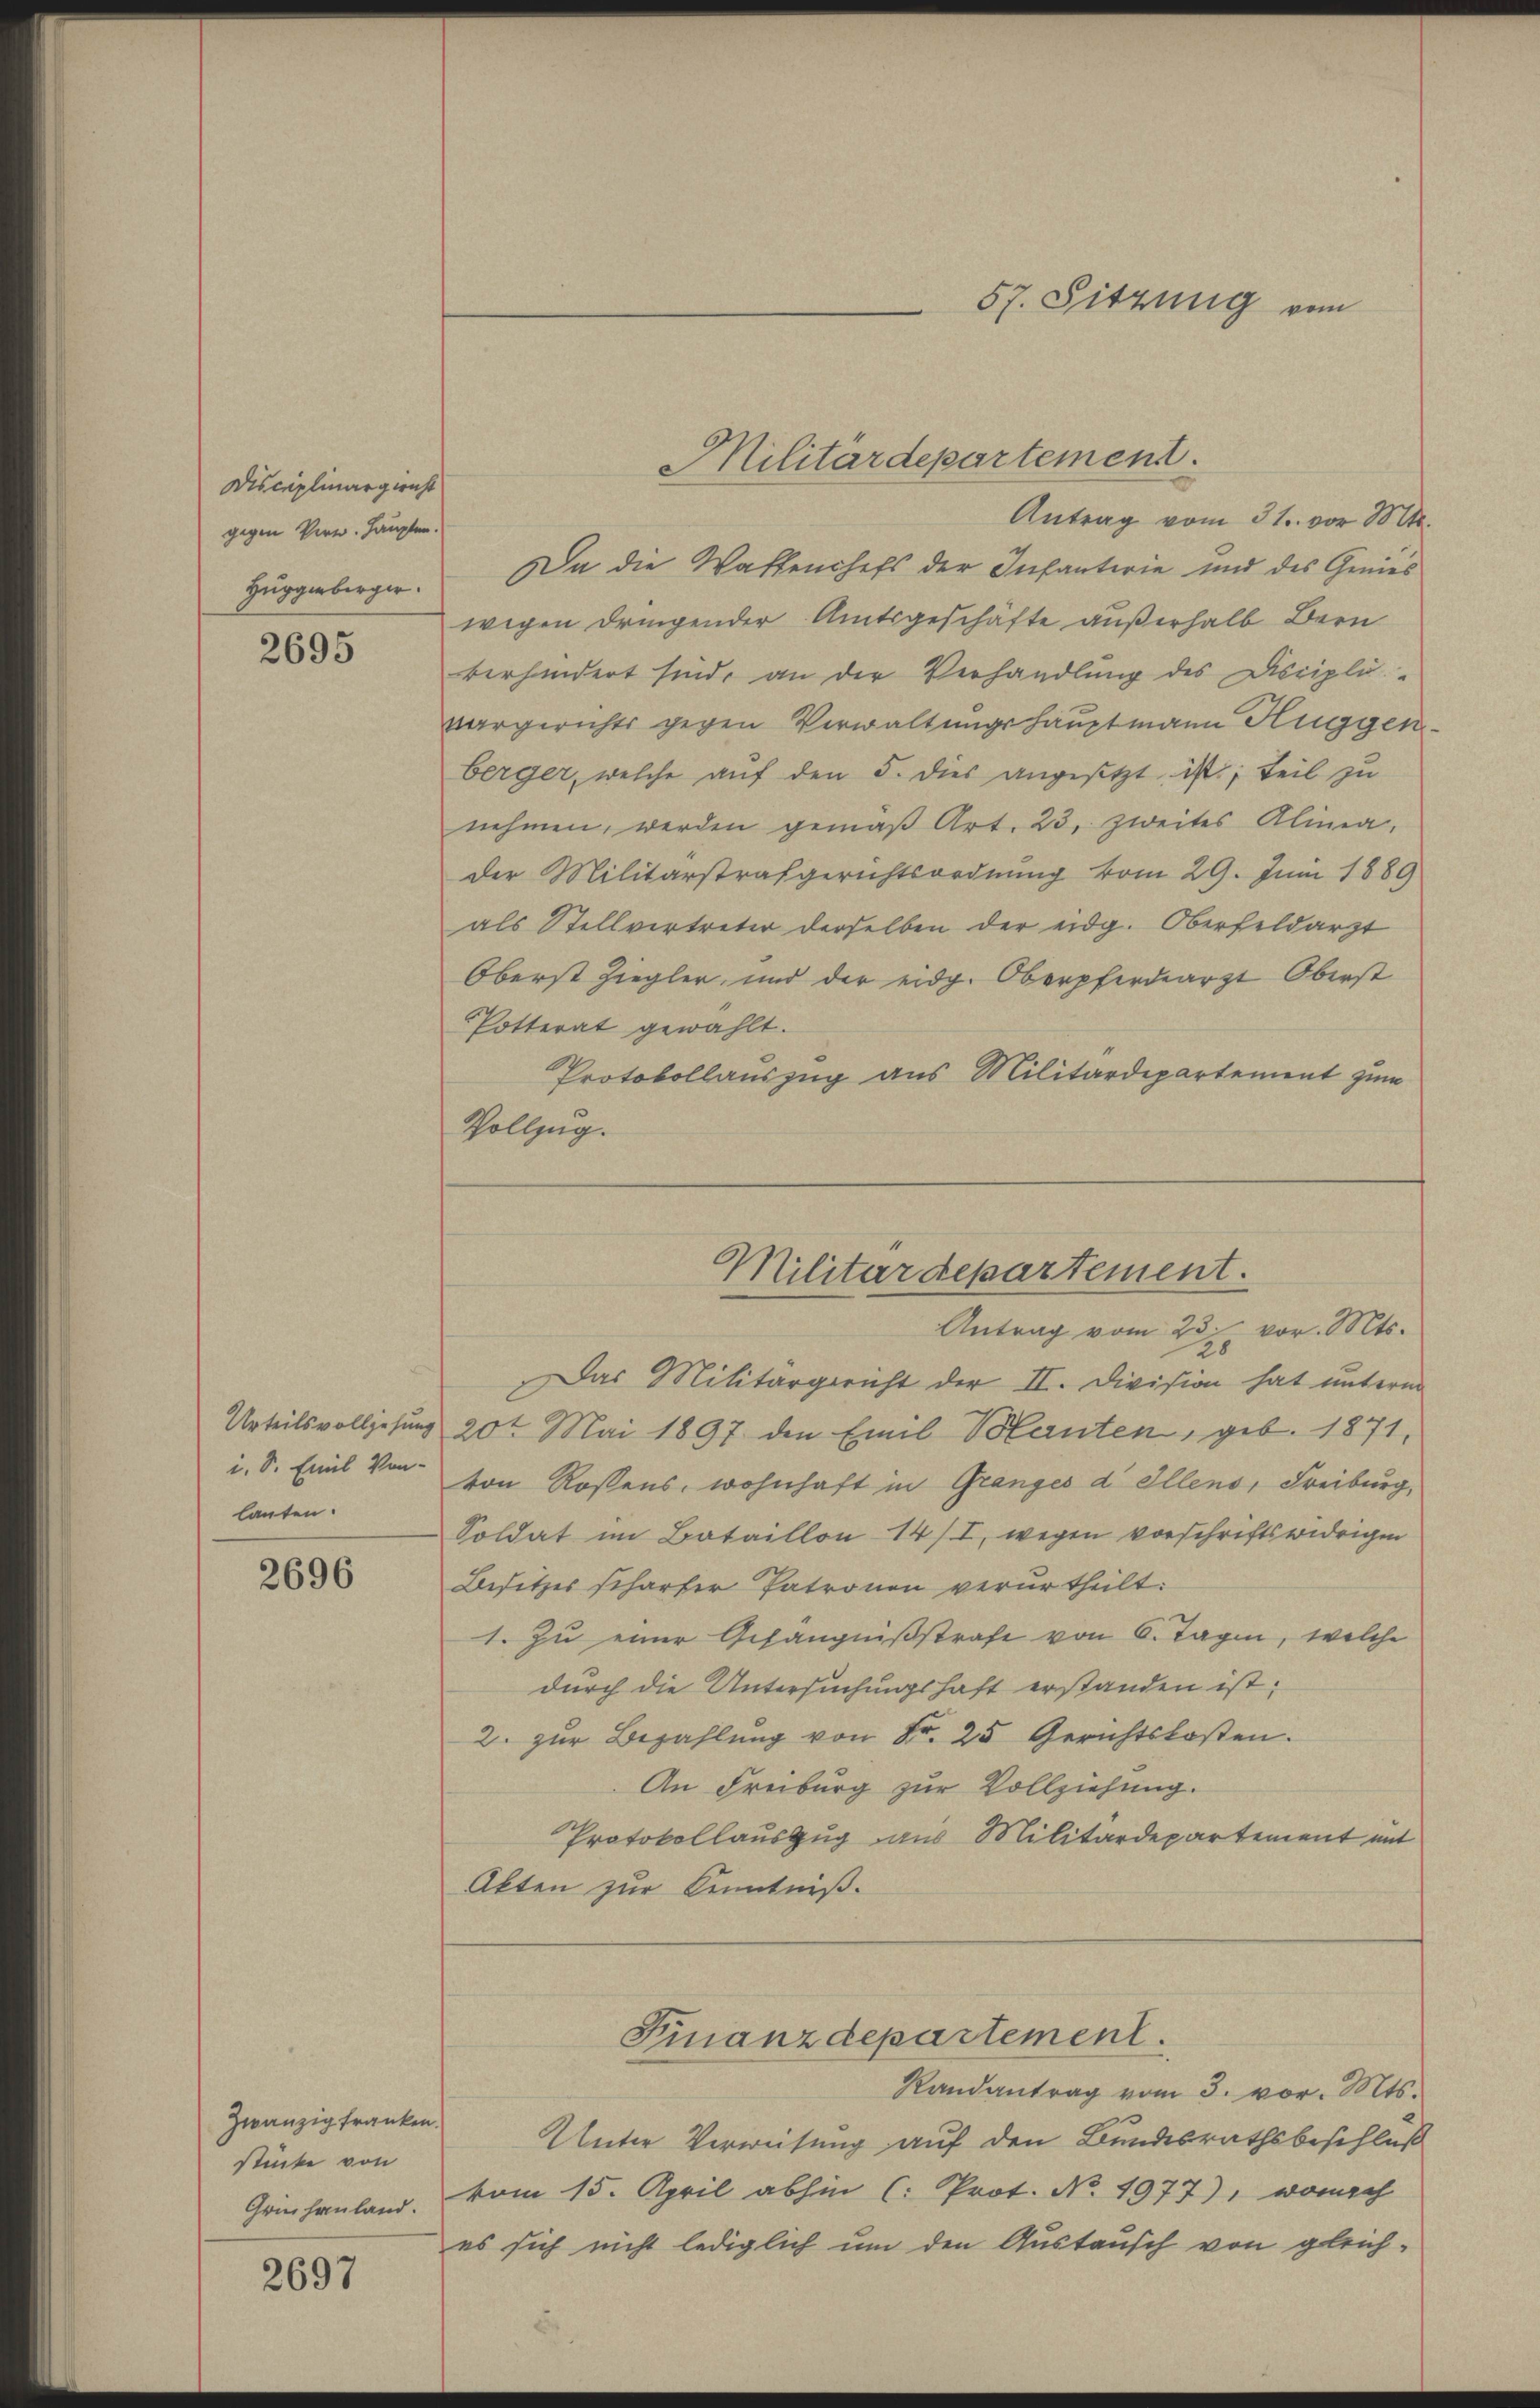
Disciplinargericht
gegen Verw. Haupten.
Huggenberger.

2695

lauten.

2696

zwanzig franken.
stücke von
Griehanland.

2697

Militärdepartement.

Antrag vom 31. vor M.
Da die Waffenchefs der Infanterie und des Genies
wegen dringender Amtsgeschäfte außerhalb Bern
verhindert sind, an der Verhandlung des Discipli-
vargerichts gegen Verwaltungshauptmann Huggenberger, welche auf den 5. dies angesetzt ist; Teil zu
nehmen werden gemäβ Art. 23. zweites Alinea,
der Militärstrafgerichtsordnung vom 29. Juni 1889
als Stellvertreter derselben der eidg. Oberfeldarzt
Oberst Ziegler, und der eidg. Oberpferdearzt Oberst
Potterat gewählt.
Protokollauszug aus Militärdepartement zum
Vollzug.

Militärdepartement.
Antrag vom 23. vor. Mts.

Das Militärgericht der II. Division hat unterm
Urteilsvolljesung 20t Mai 1897 den Emil Volanten, geb. 1871,
i. S. Emil Von von Rossens, wohnhaft in Granges d. Allens, Freiburg,
Soldat im Bataillon 14/I, wegen vorschriftswidrigen
Besitzes schärfer Patronen verurtheilt:
1. Zu einer Gefängnißstrafe von 6. Tagen, welche
durch die Untersuchungshaft erstanden ist;
2. zur Bezahlŭng von Fr. 25 Gerichtskosten.
An Freiburg zur Vollziehung.
Protokollauszug aus Militärdepartement mit
Akten zur Kenntniß.

Finanzdepartement.

Randantrag vom 3. vor. Mts.
Unter Verweisung auf den Bundesrathsbeschluß
vom 15. April abhin (: Prot. No. 1977), wonach
es sich nicht lediglich um den Austausch von gleich-

57. Sitzung von